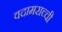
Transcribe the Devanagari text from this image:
वदामराच्ची